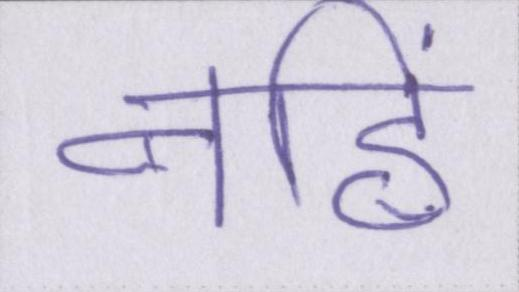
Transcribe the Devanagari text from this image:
नहिं